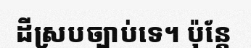
ដីស្របច្បាប់ទេ។ ប៉ុន្តែ